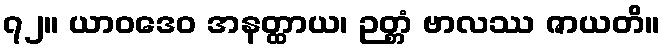
၇၂။ ယာဝဒေဝ အနတ္ထာယ၊ ဉတ္တံ ဗာလဿ ဇာယတိ။